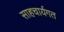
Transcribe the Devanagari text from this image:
साहचार्यगत